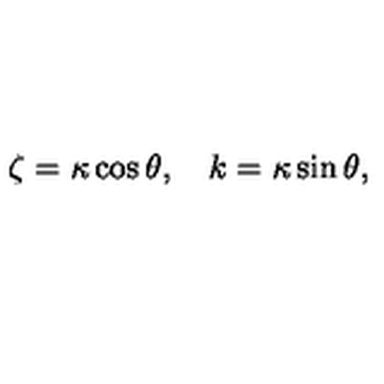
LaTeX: \zeta = \kappa \cos \theta , \quad k = \kappa \sin \theta ,